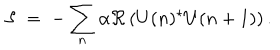
{ \cal S } \; = \; - \sum _ { n } \alpha \Re \left( U ( n ) ^ { \star } U ( n + 1 ) \right) .